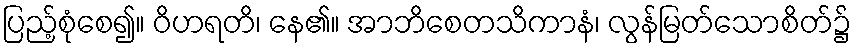
ပြည့်စုံစေ၍။ ဝိဟရတိ၊ နေ၏။ အာဘိစေတသိကာနံ၊ လွန်မြတ်သောစိတ်၌